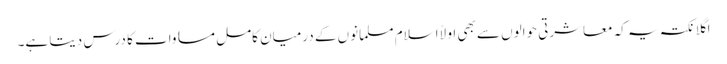
اگلا نکتہ یہ کہ معاشرتی حوالوں سے بھی اولاً اسلام مسلمانوں کے درمیان کامل مساوات کا درس دیتا ہے۔